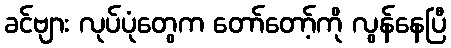
ခင်ဗျား လုပ်ပုံတွေက တော်တော့်ကို လွန်နေပြီ